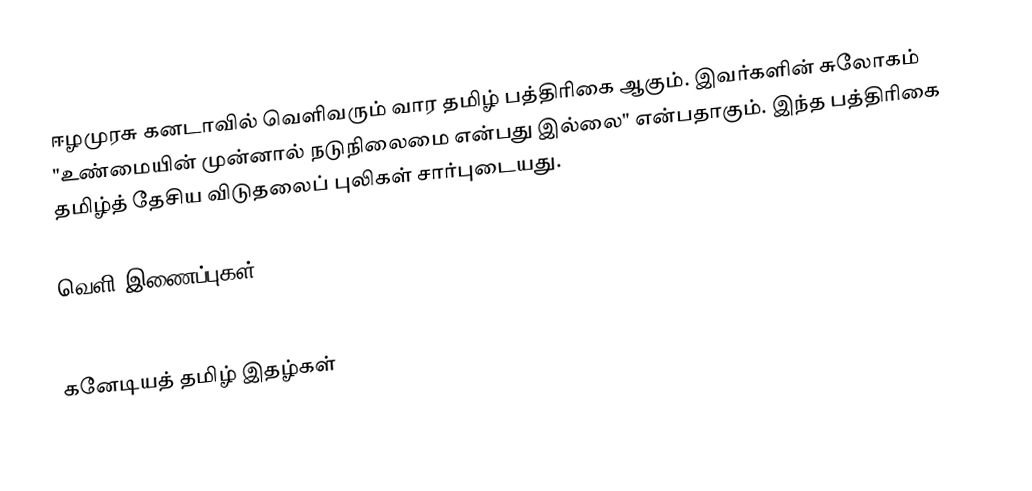
ஈழமுரசு கனடாவில் வெளிவரும் வார தமிழ் பத்திரிகை ஆகும். இவர்களின் சுலோகம் "உண்மையின் முன்னால் நடுநிலைமை என்பது இல்லை" என்பதாகும். இந்த பத்திரிகை தமிழ்த் தேசிய விடுதலைப் புலிகள் சார்புடையது.

வெளி இணைப்புகள்
 http://www.eelamurazu.com/

கனேடியத் தமிழ் இதழ்கள்